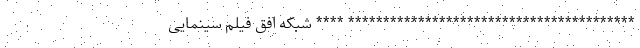
***************************************** **** شبکه افق فیلم سینمایی